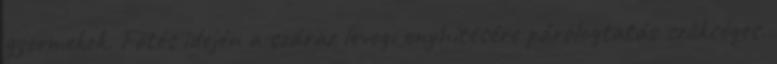
gyermekek. Főtés idején a száraz levegı enyhítésére párologtatás szükséges.